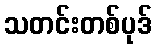
သတင်းတစ်ပုဒ်